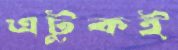
এটুকই